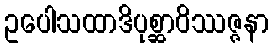
ဥပေါသထာဒိပုစ္ဆာဝိဿဇ္ဇနာ